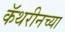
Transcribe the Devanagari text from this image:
कॅथरीनच्या